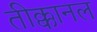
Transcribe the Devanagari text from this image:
तीक्कानल